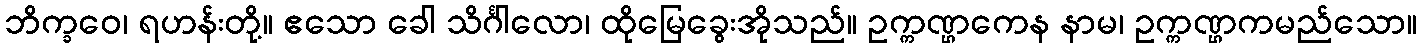
ဘိက္ခဝေ၊ ရဟန်းတို့။ ဧသော ခေါ သိင်္ဂါလော၊ ထိုမြေခွေးအိုသည်။ ဥက္ကဏ္ဌကေန နာမ၊ ဥက္ကဏ္ဌကမည်သော။